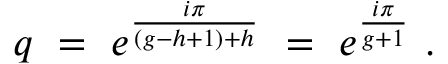
q ~ = ~ e ^ { \frac { i \pi } { ( g - h + 1 ) + h } } ~ = ~ e ^ { \frac { i \pi } { g + 1 } } \ .